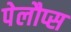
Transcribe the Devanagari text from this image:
पेलौप्स